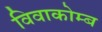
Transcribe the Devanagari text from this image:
विवाकोम्ब